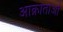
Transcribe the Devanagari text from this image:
आक्रांताओँ